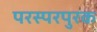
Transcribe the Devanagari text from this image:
परस्परपुरक